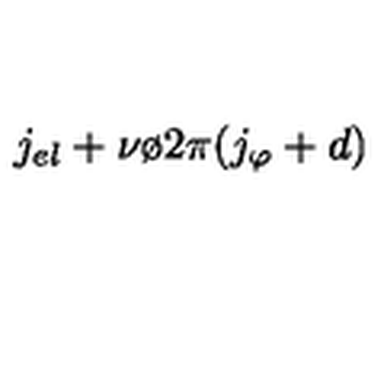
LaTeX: j _ { e l } + { { \nu \o { 2 \pi } } } ( j _ { \varphi } + d )